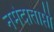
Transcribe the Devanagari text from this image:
नर्मदाताप्ती